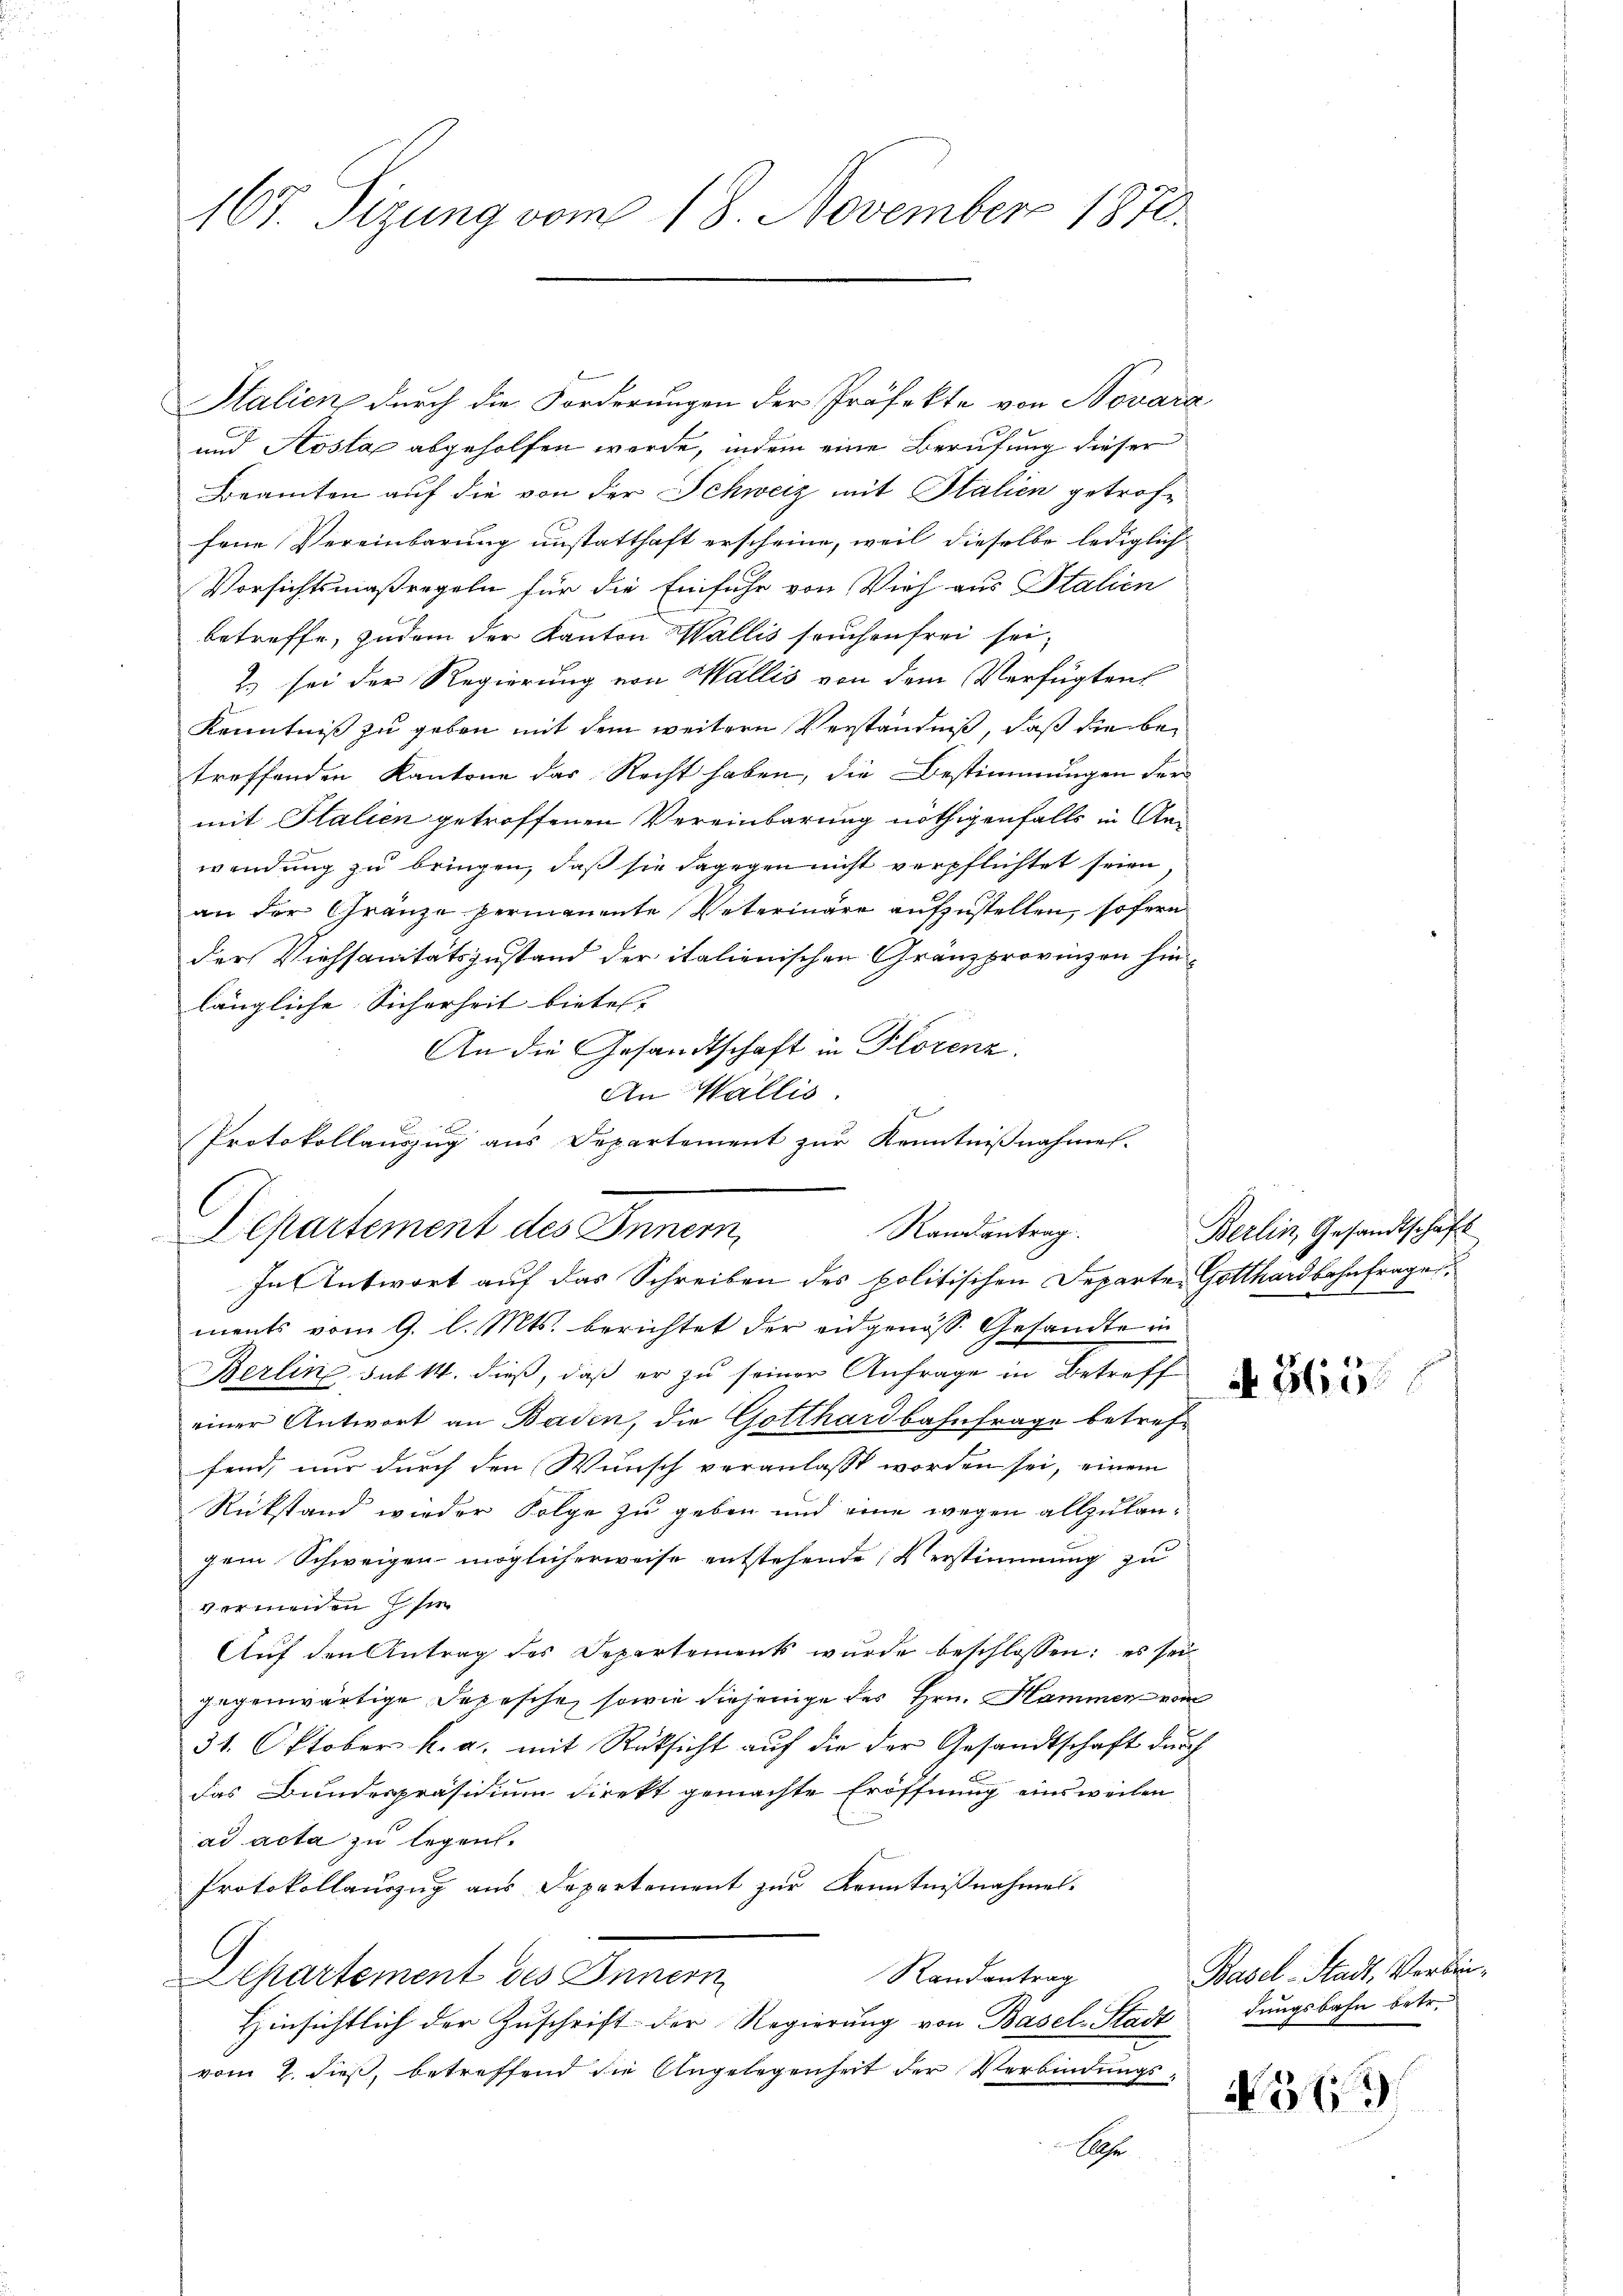
167. Sizung vom 18. November 1870.

Italien durch die Forderungen der Präfekte von Novara
und Aosta abgeholfen werde, indem eine Berufung dieser
Beamten auf die von der Schweiz mit Italien getroffene Vereinbarung unstatthaft erscheine, weil dieselbe lediglich
Vorsichtsmaßregeln für die Einfuhr von Vieh aus Stalien
betreffe, zudem der Kanton Wallis seuchenfrei sei,
2) sei der Regierung von Wallis von dem Verfügten
Kenntniß zu geben mit dem weitern Verständniß, daß die betreffenden Kantone das Recht haben, die Bestimmungen der
mit Italien getroffenen Vereinbarung nöthigenfalls in Anwendung zu bringen, daß sie dagegen nicht verpflichtet seien,
an der Gränze permanente Vaterinäre aufzustellen, sofern
der Viehsanitätszustand der italienischen Gränzprovinzen hin-
längliche Sicherheit bietes.
An die Gesandtschaft in Florenz.
An Wallis.
In Antwort auf das Schreiben des politischen Departer Gotthardbahnfrage
ments vom 9. l. Mts. berichtet der eidgenöss. Gesandte in
Berlin sub 14. dieß, daß er zu seiner Anfrage in Betreff
einer Antwort an Baden, die Gotthardbahnfrage betreffend, nur durch den Wunsch veranlasst worden sei, einem
Rückstand wieder Folge zu geben und eine wegen allzulangem Schweigen möglicherweise entstehende Verstimmung zu
vermeiden sie
Aŭf den Antrag des Departements wŭrde beschlossen; es sei
gegenwärtige Depesche, sowie diejenige des Hrn. Hammen vom
31. Oktober k. a. mit Rücksicht auf die der Gesandtschaft durch
das Bundespräsidium direkt gemachte Eröffnung einsweilen
ad acta zu legen.
Protokollauszug aus Departement zur Kenntnißnahmel-
Randantrag
Departement des Innern
Hinsichtlich der Zuschrift der Regierung von Basel-Stadt
vom 2. dieß, betreffend die Angelegenheit der Verbindungs¬
Ph.

2
Protokollauszug aus Departement zur Kenntnißnahmes.
Randantrag
Departement des Innern,

Berlin, Gesandtschaft
e

N 565

Basel-Stadt, Verbindungsbahn betr.

N 319